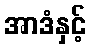
အာဒံနှင့်